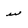
Character: w